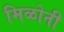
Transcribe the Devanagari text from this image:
मिळोनी